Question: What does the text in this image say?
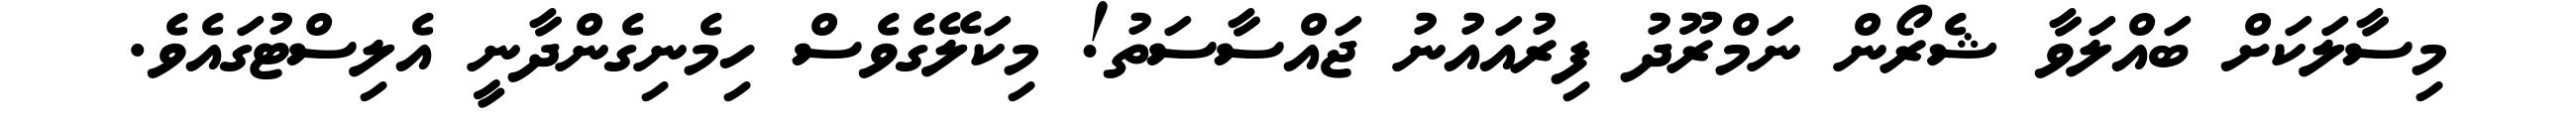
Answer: މިސާލަކަށް ބައްލަވާ ޝެރޯން ނަމްރޫދު ފިރުއައުނު ޖައްސާސަތު! މިކަލޭގެވެސް ހިމެނިގެންދާނީ އެލިސްޓުގައެވެ.